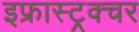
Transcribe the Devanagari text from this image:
इफ्रास्ट्रक्चर